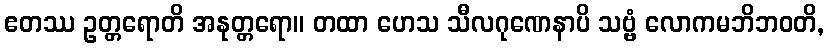
ဧတဿ ဥတ္တရောတိ အနုတ္တရော။ တထာ ဟေသ သီလဂုဏေနာပိ သဗ္ဗံ လောကမဘိဘဝတိ,